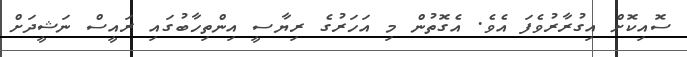
ސޮއިކޮށް އިގުރާރުވެފަ އެވެ. އެގޮތުން މި އަހަރުގެ ރިޔާސީ އިންތިހާބުގައި ރައީސް ނަޝީދަށް